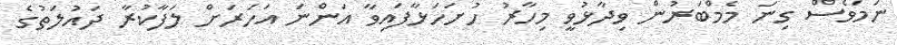
ނަމަވެސް ގިނަ މެމްބަރުން ވިދާޅުވީ މިހާރު ހުށަހަޅާފައިވާ އަންނަ އަހަރަށް ލަފާކުރާ ދައުލަތުގެ